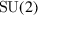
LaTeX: \operatorname { S U } ( 2 )